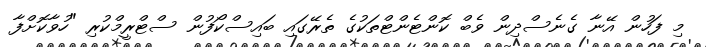
މި ފަހުން އޭނާ ގެނެސްދިން ވެބް ކޮންޓެންޓްތަކުގެ ތެރޭގައި ބައިސްކޯފުން ސްޓްރީމްކުރި "ހުވާކޮށްފާ